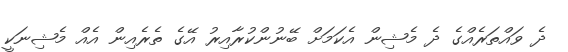
ދެ ވައްތަރެއްގެ ދެ މެޝިން އެކަމަށް ބޭނުންކުރާއިރު އޭގެ ތެރެއިން އެއް މެޝިނަކީ